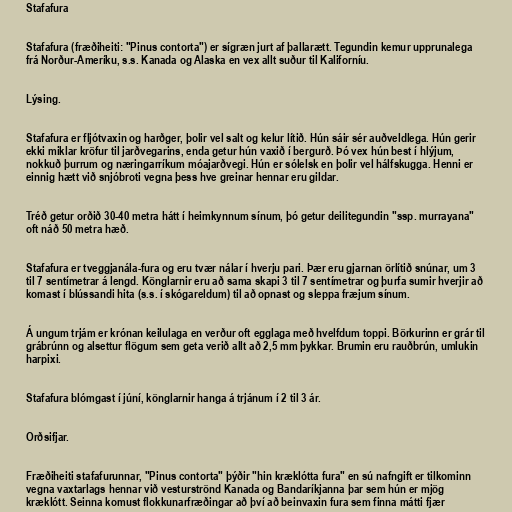
Stafafura

Stafafura (fræðiheiti: "Pinus contorta") er sígræn jurt af þallarætt. Tegundin kemur upprunalega
frá Norður-Ameríku, s.s. Kanada og Alaska en vex allt suður til Kaliforníu.

Lýsing.

Stafafura er fljótvaxin og harðger, þolir vel salt og kelur lítið. Hún sáir sér auðveldlega. Hún gerir
ekki miklar kröfur til jarðvegarins, enda getur hún vaxið í bergurð. Þó vex hún best í hlýjum,
nokkuð þurrum og næringarríkum móajarðvegi. Hún er sólelsk en þolir vel hálfskugga. Henni er
einnig hætt við snjóbroti vegna þess hve greinar hennar eru gildar.

Tréð getur orðið 30-40 metra hátt í heimkynnum sínum, þó getur deilitegundin "ssp. murrayana"
oft náð 50 metra hæð.

Stafafura er tveggjanála-fura og eru tvær nálar í hverju pari. Þær eru gjarnan örlítið snúnar, um 3
til 7 sentímetrar á lengd. Könglarnir eru að sama skapi 3 til 7 sentímetrar og þurfa sumir hverjir að
komast í blússandi hita (s.s. í skógareldum) til að opnast og sleppa fræjum sínum.

Á ungum trjám er krónan keilulaga en verður oft egglaga með hvelfdum toppi. Börkurinn er grár til
grábrúnn og alsettur flögum sem geta verið allt að 2,5 mm þykkar. Brumin eru rauðbrún, umlukin
harpixi.

Stafafura blómgast í júní, könglarnir hanga á trjánum í 2 til 3 ár.

Orðsifjar.

Fræðiheiti stafafurunnar, "Pinus contorta" þýðir "hin kræklótta fura" en sú nafngift er tilkominn
vegna vaxtarlags hennar við vesturströnd Kanada og Bandaríkjanna þar sem hún er mjög
kræklótt. Seinna komust flokkunarfræðingar að því að beinvaxin fura sem finna mátti fjær